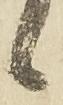
日